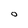
Character: 0